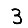
Digit: 3